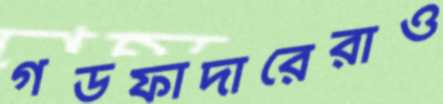
গডফাদারেরাও